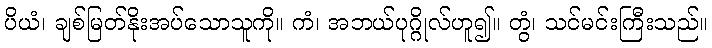
ပိယံ၊ ချစ်မြတ်နိုးအပ်သောသူကို။ ကံ၊ အဘယ်ပုဂ္ဂိုလ်ဟူ၍။ တွံ၊ သင်မင်းကြီးသည်။